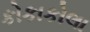
કોકાકોલા